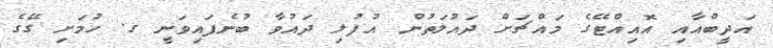
އަދީބްއާއި އޮއިއްޓޭގެ މައްޗަށް ދައުލަތުން އުފުލި ދައުވާ ބުނެފައިވަނީ ގ. ހުމަށި ގޭގެ